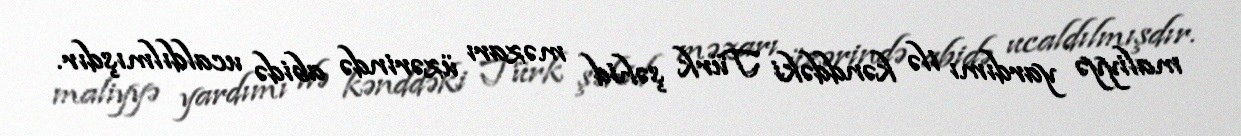
maliyyə yardımı ilə kənddəki Türk şəhid məzarı üzərində abidə ucaldılmışdır.